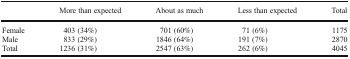
<table><thead><tr><td></td><td><b>More than expected</b></td><td><b>About as much</b></td><td><b>Less than expected</b></td><td><b>Total</b></td></tr></thead><tbody><tr><td>Female</td><td>403 (34%)</td><td>701 (60%)</td><td>71 (6%)</td><td>1175</td></tr><tr><td>Male</td><td>833 (29%)</td><td>1846 (64%)</td><td>191 (7%)</td><td>2870</td></tr><tr><td>Total</td><td>1236 (31%)</td><td>2547 (63%)</td><td>262 (6%)</td><td>4045</td></tr></tbody></table>